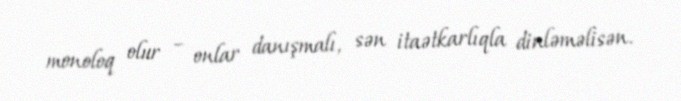
monoloq olur – onlar danışmalı, sən itaətkarlıqla dinləməlisən.